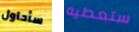
سأحاول ستعطيه